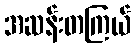
အဆန်းတကြယ်